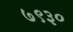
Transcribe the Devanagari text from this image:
७९३०